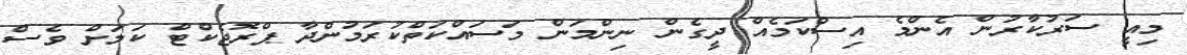
މިއީ ސަރުކާރުން އެންމެ އިސްކަމެއް ދީގެން ނިންމަން މަސައްކަތްކުރަމުންދާ ޕްރޮޖެކްޓް ކަމަށް ވެސް